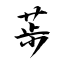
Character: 荹